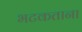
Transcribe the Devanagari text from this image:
भटकताना